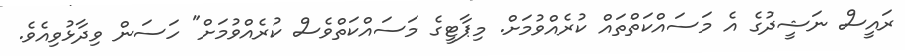
ރައީސް ނަޝީދުގެ އެ މަސައްކަތްތައް ކުރެއްވުމަށް. މިޕާޓީގެ މަސައްކަތްވެސް ކުރެއްވުމަށް" ހަސަން ވިދާޅުވިއެވެ.